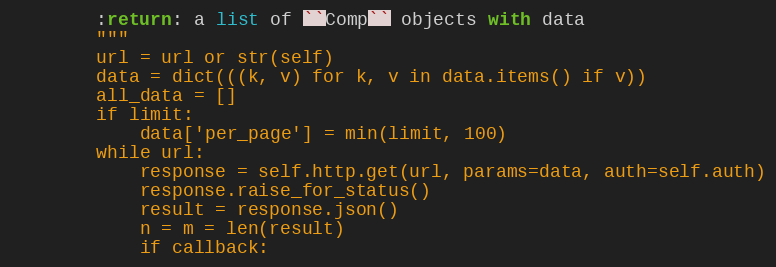
Language: Python
        :return: a list of ``Comp`` objects with data
        """
        url = url or str(self)
        data = dict(((k, v) for k, v in data.items() if v))
        all_data = []
        if limit:
            data['per_page'] = min(limit, 100)
        while url:
            response = self.http.get(url, params=data, auth=self.auth)
            response.raise_for_status()
            result = response.json()
            n = m = len(result)
            if callback: